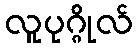
လူပုဂ္ဂိုလ်